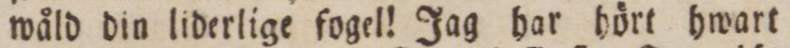
wåld din liderlige fogel! Jag har hört hwart